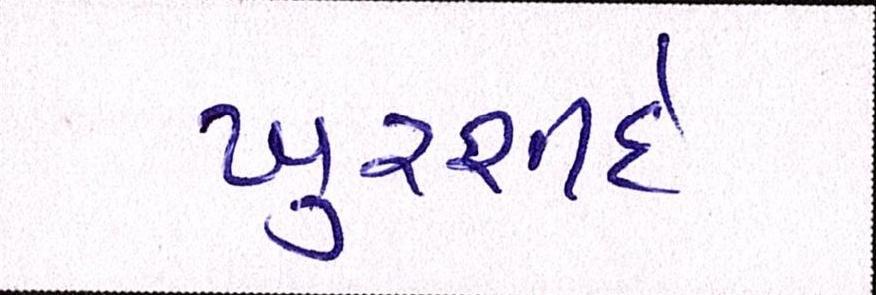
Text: ખુરશીદે